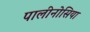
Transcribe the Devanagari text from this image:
पालीनोसिया